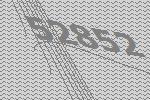
52852